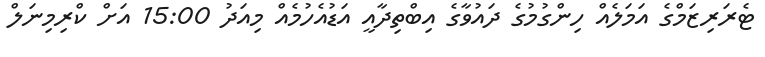
ޓެރަރިޒަމްގެ އަމަލެއް ހިންގުމުގެ ދައުވާގެ އިބްތިދާއީ އަޑުއެހުމެއް މިއަދު 15:00 އަށް ކްރިމިނަލް